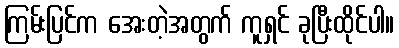
ကြမ်းပြင်က အေးတဲ့အတွက် ကူရှင် ခုပြီးထိုင်ပါ။